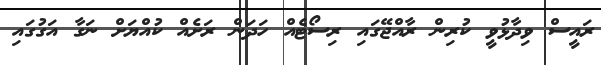
ރައީސް ވިދާޅުވީ ކުރިން ރާއްޖޭގައި ރިސޯޓެއް ހަދަން ރަށެއް ކުއްޔަށް ނަގާ އަގުގައި